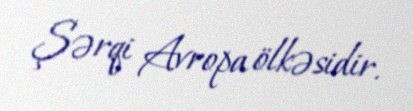
Şərqi Avropa ölkəsidir.